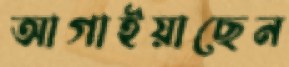
আগাইয়াছেন